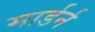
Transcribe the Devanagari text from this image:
मार्डर्न